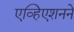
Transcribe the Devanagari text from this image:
एव्हिएशनने